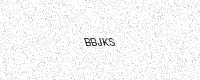
Text: BBJKS